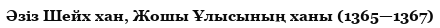
Әзіз Шейх хан, Жошы Ұлысының ханы (1365—1367)